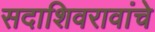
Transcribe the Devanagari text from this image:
सदाशिवरावांचे